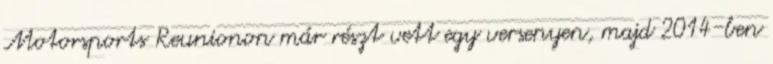
Motorsports Reunionon már részt vett egy versenyen, majd 2014-ben